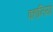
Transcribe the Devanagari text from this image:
क्हानियां